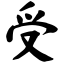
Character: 受